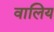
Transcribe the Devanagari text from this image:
वालिय